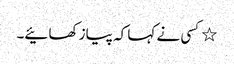
٭کسی نے کہا کہ پیاز کھائیے۔